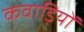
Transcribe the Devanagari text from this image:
कवाड़ियों